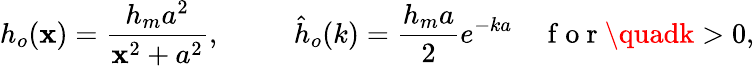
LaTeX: h_{o}(\mathbf{x})=\frac{{h_{m}a^{2}}}{{\mathbf{x}^{2}+a^{2}}},\qquad\; \; \hat{{h}}_{o}(k)=\frac{{h_{m}a}}{{2}}e^{-ka}\quad\mathrm{{~f~o~r~}}\quadk>0,